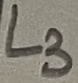
Text: L3